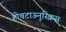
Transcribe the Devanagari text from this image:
होचटाऊनुस्क्रिस